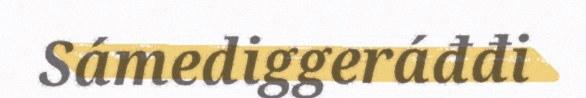
Sámediggeráđđi